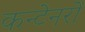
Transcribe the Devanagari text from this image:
कन्टेनरों